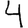
Digit: 4